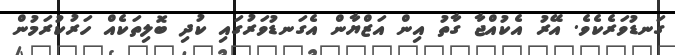
ގަނޑުވަރެކެވެ. އޭރު އެކުއްޖާ ގާތު އިން އަޒްޔާން އެގަނޑުވަރުގައި ކުދި ބޮލިތަކެއް ހަރުކުރަމުން